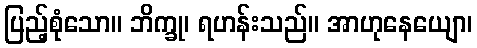
ပြည့်စုံသော။ ဘိက္ခု၊ ရဟန်းသည်။ အာဟုနေယျော၊